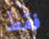
فقط